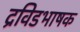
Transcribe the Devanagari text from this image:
द्रविडभाषक